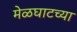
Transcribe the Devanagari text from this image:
मेळघाटच्या